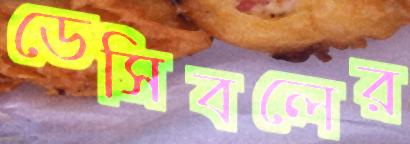
ডেসিবলের